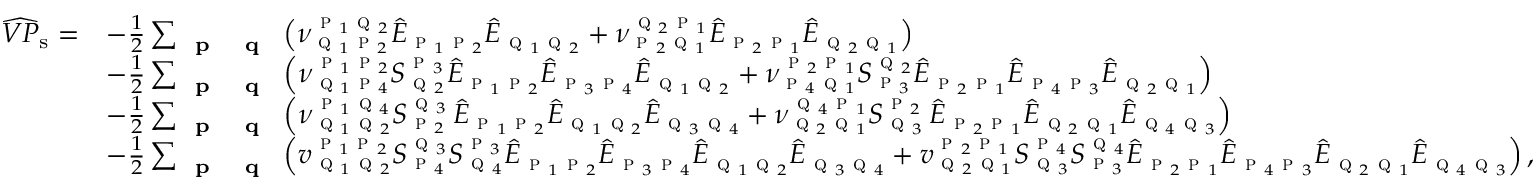
\begin{array} { r l } { \widehat { V P } _ { \mathrm { s } } = } & { - \frac { 1 } { 2 } \sum _ { \textbf { \textsc { p } } \textbf { \textsc { q } } } \left( \nu _ { \textsc { q } _ { 1 } \textsc { p } _ { 2 } } ^ { \textsc { p } _ { 1 } \textsc { q } _ { 2 } } \hat { E } _ { \textsc { p } _ { 1 } \textsc { p } _ { 2 } } \hat { E } _ { \textsc { q } _ { 1 } \textsc { q } _ { 2 } } + \nu _ { \textsc { p } _ { 2 } \textsc { q } _ { 1 } } ^ { \textsc { q } _ { 2 } \textsc { p } _ { 1 } } \hat { E } _ { \textsc { p } _ { 2 } \textsc { p } _ { 1 } } \hat { E } _ { \textsc { q } _ { 2 } \textsc { q } _ { 1 } } \right) } \\ & { - \frac { 1 } { 2 } \sum _ { \textbf { \textsc { p } } \textbf { \textsc { q } } } \left( \nu _ { \textsc { q } _ { 1 } \textsc { p } _ { 4 } } ^ { \textsc { p } _ { 1 } \textsc { p } _ { 2 } } S _ { \textsc { q } _ { 2 } } ^ { \textsc { p } _ { 3 } } \hat { E } _ { \textsc { p } _ { 1 } \textsc { p } _ { 2 } } \hat { E } _ { \textsc { p } _ { 3 } \textsc { p } _ { 4 } } \hat { E } _ { \textsc { q } _ { 1 } \textsc { q } _ { 2 } } + \nu _ { \textsc { p } _ { 4 } \textsc { q } _ { 1 } } ^ { \textsc { p } _ { 2 } \textsc { p } _ { 1 } } S _ { \textsc { p } _ { 3 } } ^ { \textsc { q } _ { 2 } } \hat { E } _ { \textsc { p } _ { 2 } \textsc { p } _ { 1 } } \hat { E } _ { \textsc { p } _ { 4 } \textsc { p } _ { 3 } } \hat { E } _ { \textsc { q } _ { 2 } \textsc { q } _ { 1 } } \right) } \\ & { - \frac { 1 } { 2 } \sum _ { \textbf { \textsc { p } } \textbf { \textsc { q } } } \left( \nu _ { \textsc { q } _ { 1 } \textsc { q } _ { 2 } } ^ { \textsc { p } _ { 1 } \textsc { q } _ { 4 } } S _ { \textsc { p } _ { 2 } } ^ { \textsc { q } _ { 3 } } \, \hat { E } _ { \textsc { p } _ { 1 } \textsc { p } _ { 2 } } \hat { E } _ { \textsc { q } _ { 1 } \textsc { q } _ { 2 } } \hat { E } _ { \textsc { q } _ { 3 } \textsc { q } _ { 4 } } + \nu _ { \textsc { q } _ { 2 } \textsc { q } _ { 1 } } ^ { \textsc { q } _ { 4 } \textsc { p } _ { 1 } } S _ { \textsc { q } _ { 3 } } ^ { \textsc { p } _ { 2 } } \, \hat { E } _ { \textsc { p } _ { 2 } \textsc { p } _ { 1 } } \hat { E } _ { \textsc { q } _ { 2 } \textsc { q } _ { 1 } } \hat { E } _ { \textsc { q } _ { 4 } \textsc { q } _ { 3 } } \right) } \\ & { - \frac { 1 } { 2 } \sum _ { \textbf { \textsc { p } } \textbf { \textsc { q } } } \left( v _ { \textsc { q } _ { 1 } \textsc { q } _ { 2 } } ^ { \textsc { p } _ { 1 } \textsc { p } _ { 2 } } S _ { \textsc { p } _ { 4 } } ^ { \textsc { q } _ { 3 } } S _ { \textsc { q } _ { 4 } } ^ { \textsc { p } _ { 3 } } \hat { E } _ { \textsc { p } _ { 1 } \textsc { p } _ { 2 } } \hat { E } _ { \textsc { p } _ { 3 } \textsc { p } _ { 4 } } \hat { E } _ { \textsc { q } _ { 1 } \textsc { q } _ { 2 } } \hat { E } _ { \textsc { q } _ { 3 } \textsc { q } _ { 4 } } + v _ { \textsc { q } _ { 2 } \textsc { q } _ { 1 } } ^ { \textsc { p } _ { 2 } \textsc { p } _ { 1 } } S _ { \textsc { q } _ { 3 } } ^ { \textsc { p } _ { 4 } } S _ { \textsc { p } _ { 3 } } ^ { \textsc { q } _ { 4 } } \hat { E } _ { \textsc { p } _ { 2 } \textsc { p } _ { 1 } } \hat { E } _ { \textsc { p } _ { 4 } \textsc { p } _ { 3 } } \hat { E } _ { \textsc { q } _ { 2 } \textsc { q } _ { 1 } } \hat { E } _ { \textsc { q } _ { 4 } \textsc { q } _ { 3 } } \right) , } \end{array}